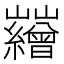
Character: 𡿘